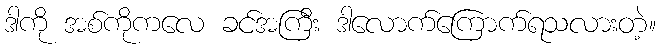
ဒါကို အစ်ကိုကလေ ခင်အကြီး ဒါလောက်ကြောက်ရသလားတဲ့။